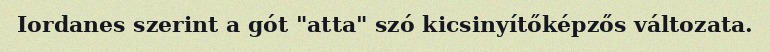
Iordanes szerint a gót "atta" szó kicsinyítőképzős változata.